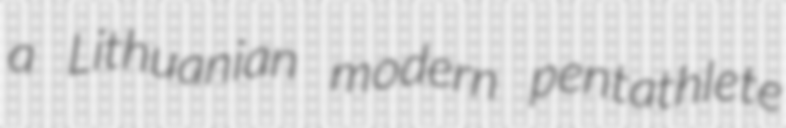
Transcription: a Lithuanian modern pentathlete